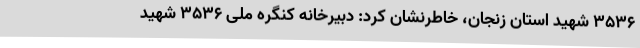
3536 شهید استان زنجان، خاطرنشان کرد: دبیرخانه کنگره ملی 3536 شهید